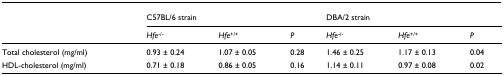
<table><thead><tr><td></td><td colspan="3"><b>C57BL/6 strain</b></td><td colspan="3"><b>DBA/2 strain</b></td></tr><tr><td></td><td><b><i>Hfe</i><sup>-/-</sup></b></td><td><b><i>Hfe</i><sup>+/+</sup></b></td><td><b><i>P</i></b></td><td><b><i>Hfe</i><sup>-/-</sup></b></td><td><b><i>Hfe</i><sup>+/+</sup></b></td><td><b><i>P</i></b></td></tr></thead><tbody><tr><td>Total cholesterol (mg/ml)</td><td>0.93 ± 0.24</td><td>1.07 ± 0.05</td><td>0.28</td><td>1.46 ± 0.25</td><td>1.17 ± 0.13</td><td>0.04</td></tr><tr><td>HDL-cholesterol (mg/ml)</td><td>0.71 ± 0.18</td><td>0.86 ± 0.05</td><td>0.16</td><td>1.14 ± 0.11</td><td>0.97 ± 0.08</td><td>0.02</td></tr></tbody></table>